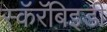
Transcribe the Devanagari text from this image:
स्कॅरॅबिइडी